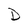
Character: D